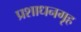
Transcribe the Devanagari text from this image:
प्रशाधनगृह